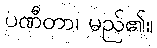
ပဏီတာ၊ မည်၏။